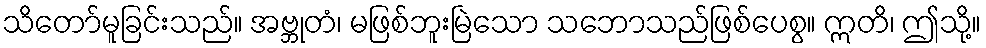
သိတော်မူခြင်းသည်။ အဗ္ဘုတံ၊ မဖြစ်ဘူးမြဲသော သဘောသည်ဖြစ်ပေစွ။ ဣတိ၊ ဤသို့။